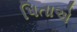
પિતાએ